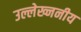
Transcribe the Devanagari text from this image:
उल्लेख्ननीय